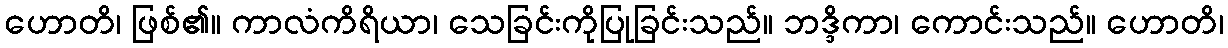
ဟောတိ၊ ဖြစ်၏။ ကာလံကိရိယာ၊ သေခြင်းကိုပြုခြင်းသည်။ ဘဒ္ဒိကာ၊ ကောင်းသည်။ ဟောတိ၊